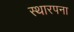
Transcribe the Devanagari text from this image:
स्थारपना